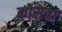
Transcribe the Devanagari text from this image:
कोसचा